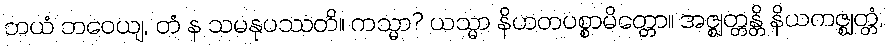
ဘယံ ဘဝေယျ, တံ န သမနုပဿတိ။ ကသ္မာ? ယသ္မာ နိဟတပစ္စာမိတ္တော။ အဇ္ဈတ္တန္တိ နိယကဇ္ဈတ္တံ,